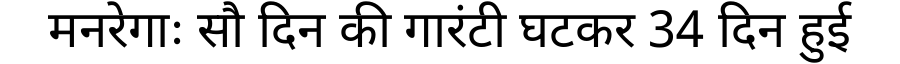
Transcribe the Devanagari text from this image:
मनरेगाः सौ दिन की गारंटी घटकर 34 दिन हुई